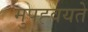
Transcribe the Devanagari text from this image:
मुपह्वयते